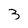
Character: 3